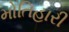
મોતિહારી